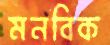
মনবিক